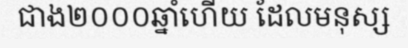
ជាង២០០០ឆ្នាំហើយ ដែលមនុស្ស